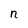
Character: n